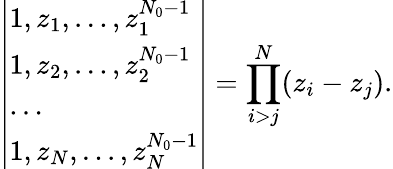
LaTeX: \left|\begin{array}{l}{1,z_{1},\dots,z_{1}^{N_{0}-1}}\\ {1,z_{2},\dots,z_{2}^{N_{0}-1}}\\ {\dots}\\ {1,z_{N},\dots,z_{N}^{N_{0}-1}}\end{array}\right|=\prod_{i>j}^{N}(z_{i}-z_{j}).